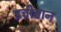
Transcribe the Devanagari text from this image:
इचीबान